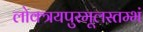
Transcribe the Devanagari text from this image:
लोक्त्रयपुरमूलस्तम्भं